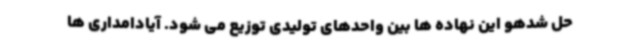
حل شدهو این نهاده ها بین واحدهای تولیدی توزیع می شود. آیادامداری ها